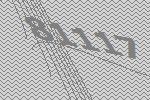
81117